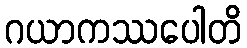
ဂယာကဿပေါတိ